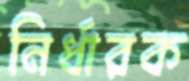
নির্ধারক